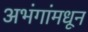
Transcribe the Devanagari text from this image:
अभंगांमधून